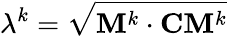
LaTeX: \lambda^{k}=\sqrt{\mathbf{M}^{k}\cdot{\mathbf{C}}\mathbf{M}^{k}}